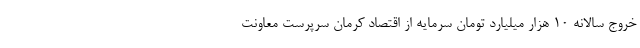
خروج سالانه ۱۰ هزار میلیارد تومان سرمایه از اقتصاد کرمان سرپرست معاونت